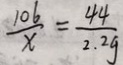
\frac { 1 0 6 } { x } = \frac { 4 4 } { 2 . 2 g }